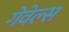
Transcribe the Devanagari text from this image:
गेवेल्स